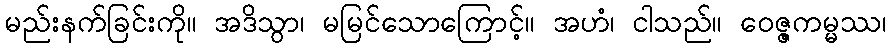
မည်းနက်ခြင်းကို။ အဒိသွာ၊ မမြင်သောကြောင့်။ အဟံ၊ ငါသည်။ ဝေဇ္ဇကမ္မဿ၊